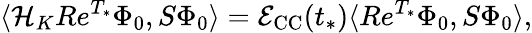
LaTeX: \langle\mathcal{H}_{K}Re^{T_{*}}\Phi_{0},S\Phi_{0}\rangle=\mathcal{E}_{\mathrm{CC}}(t_{*})\langle Re^{T_{*}}\Phi_{0},S\Phi_{0}\rangle,